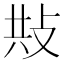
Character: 𢼦